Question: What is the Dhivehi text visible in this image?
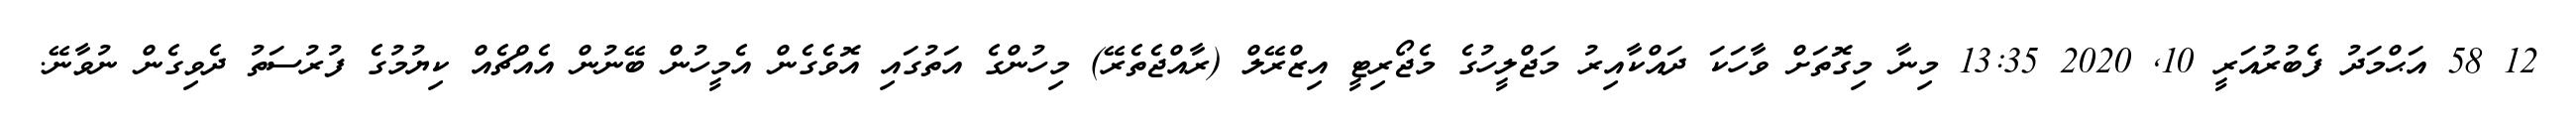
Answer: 12 58 އަޙްމަދު ފެބުރުއަރީ 10, 2020 13:35 މިނާ މިގޮތަށް ވާހަކަ ދައްކާއިރު މަޖްލީހުގެ މެޖޯރިޓީ އިޒްރޭލް (ރާއްޖެތެރޭ) މިހުންގެ އަތުގައި އޮވެގެން އެމީހުން ބޭނުން އެއްޗެއް ކިޔުމުގެ ފުރުސަތު ދެވިގެން ނުވާނޭ.